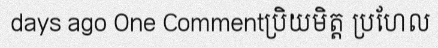
days ago One Commentប្រិយមិត្ត ប្រហែល